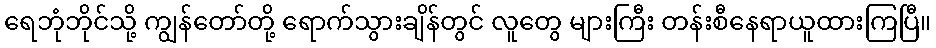
ရေဘုံဘိုင်သို့ ကျွန်တော်တို့ ရောက်သွားချိန်တွင် လူတွေ များကြီး တန်းစီနေရာယူထားကြပြီ။